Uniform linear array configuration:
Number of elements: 4
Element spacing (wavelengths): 1
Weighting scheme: binomial
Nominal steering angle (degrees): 60
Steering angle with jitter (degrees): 59.982
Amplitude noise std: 0.05
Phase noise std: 0.05

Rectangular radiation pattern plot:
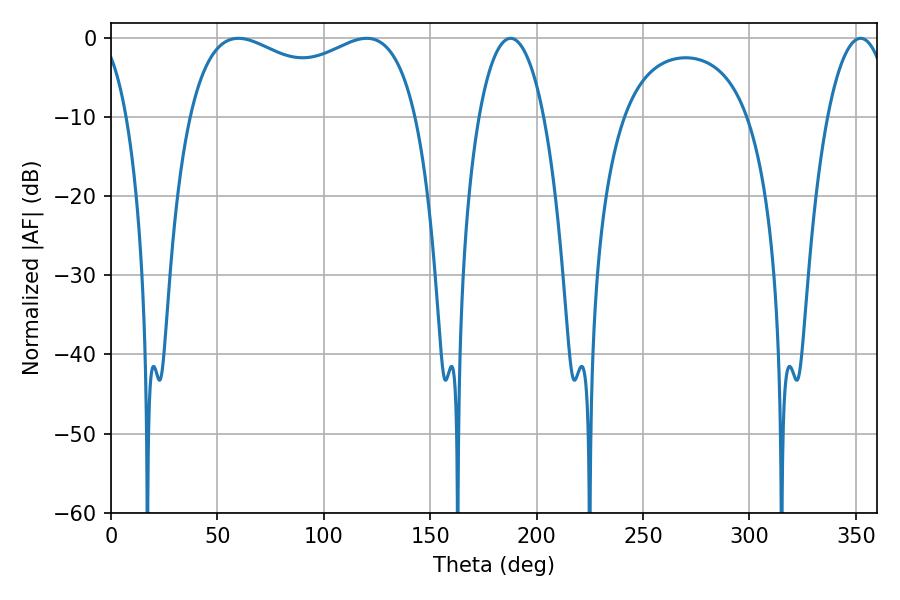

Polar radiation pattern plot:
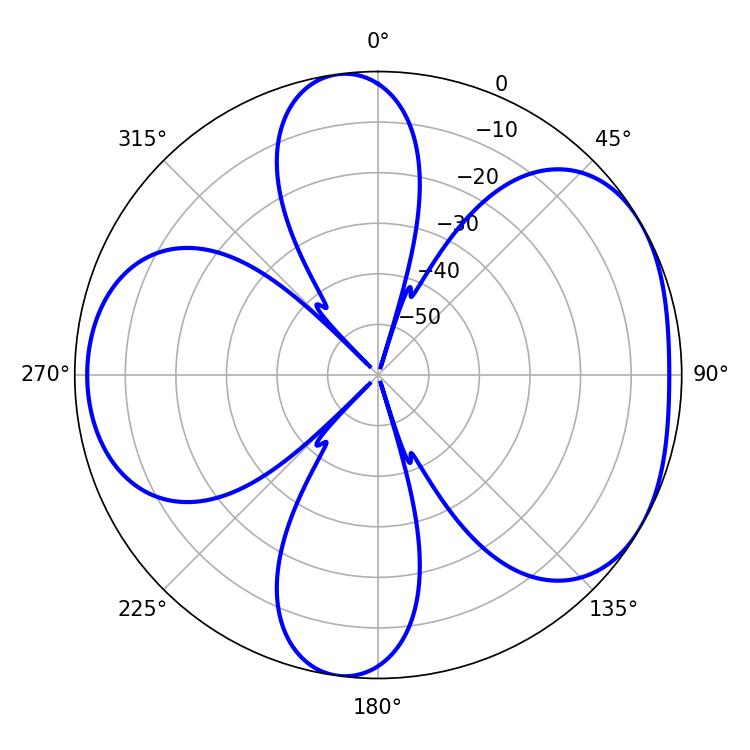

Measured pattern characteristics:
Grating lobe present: TRUE
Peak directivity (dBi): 4.767
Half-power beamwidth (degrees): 17.1
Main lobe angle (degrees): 187.74